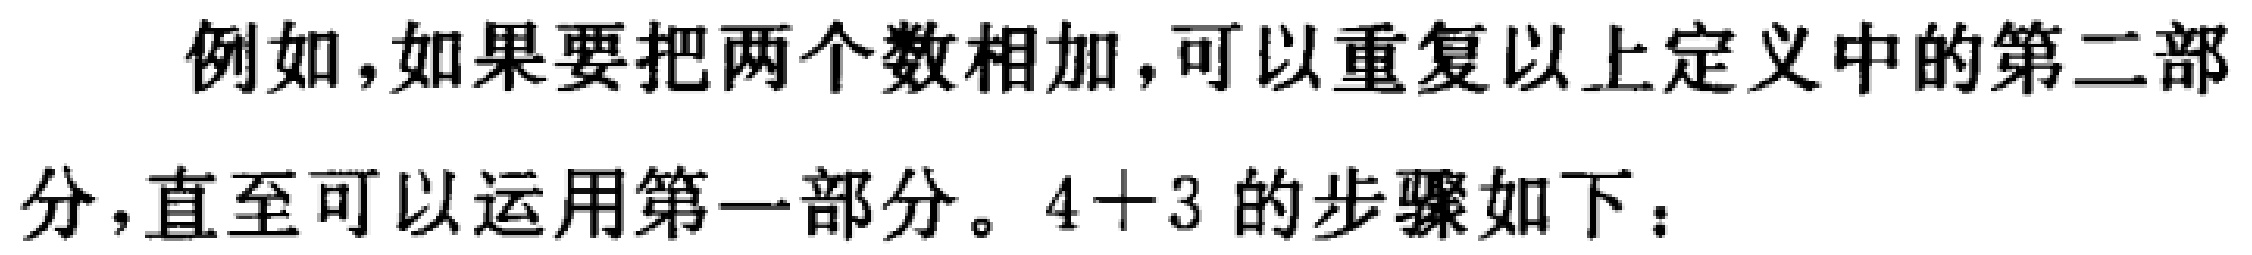
例如，如果要把两个数相加，可以重复以上定义中的第二部分，直至可以运用第一部分。\(4 + 3\) 的步骤如下：